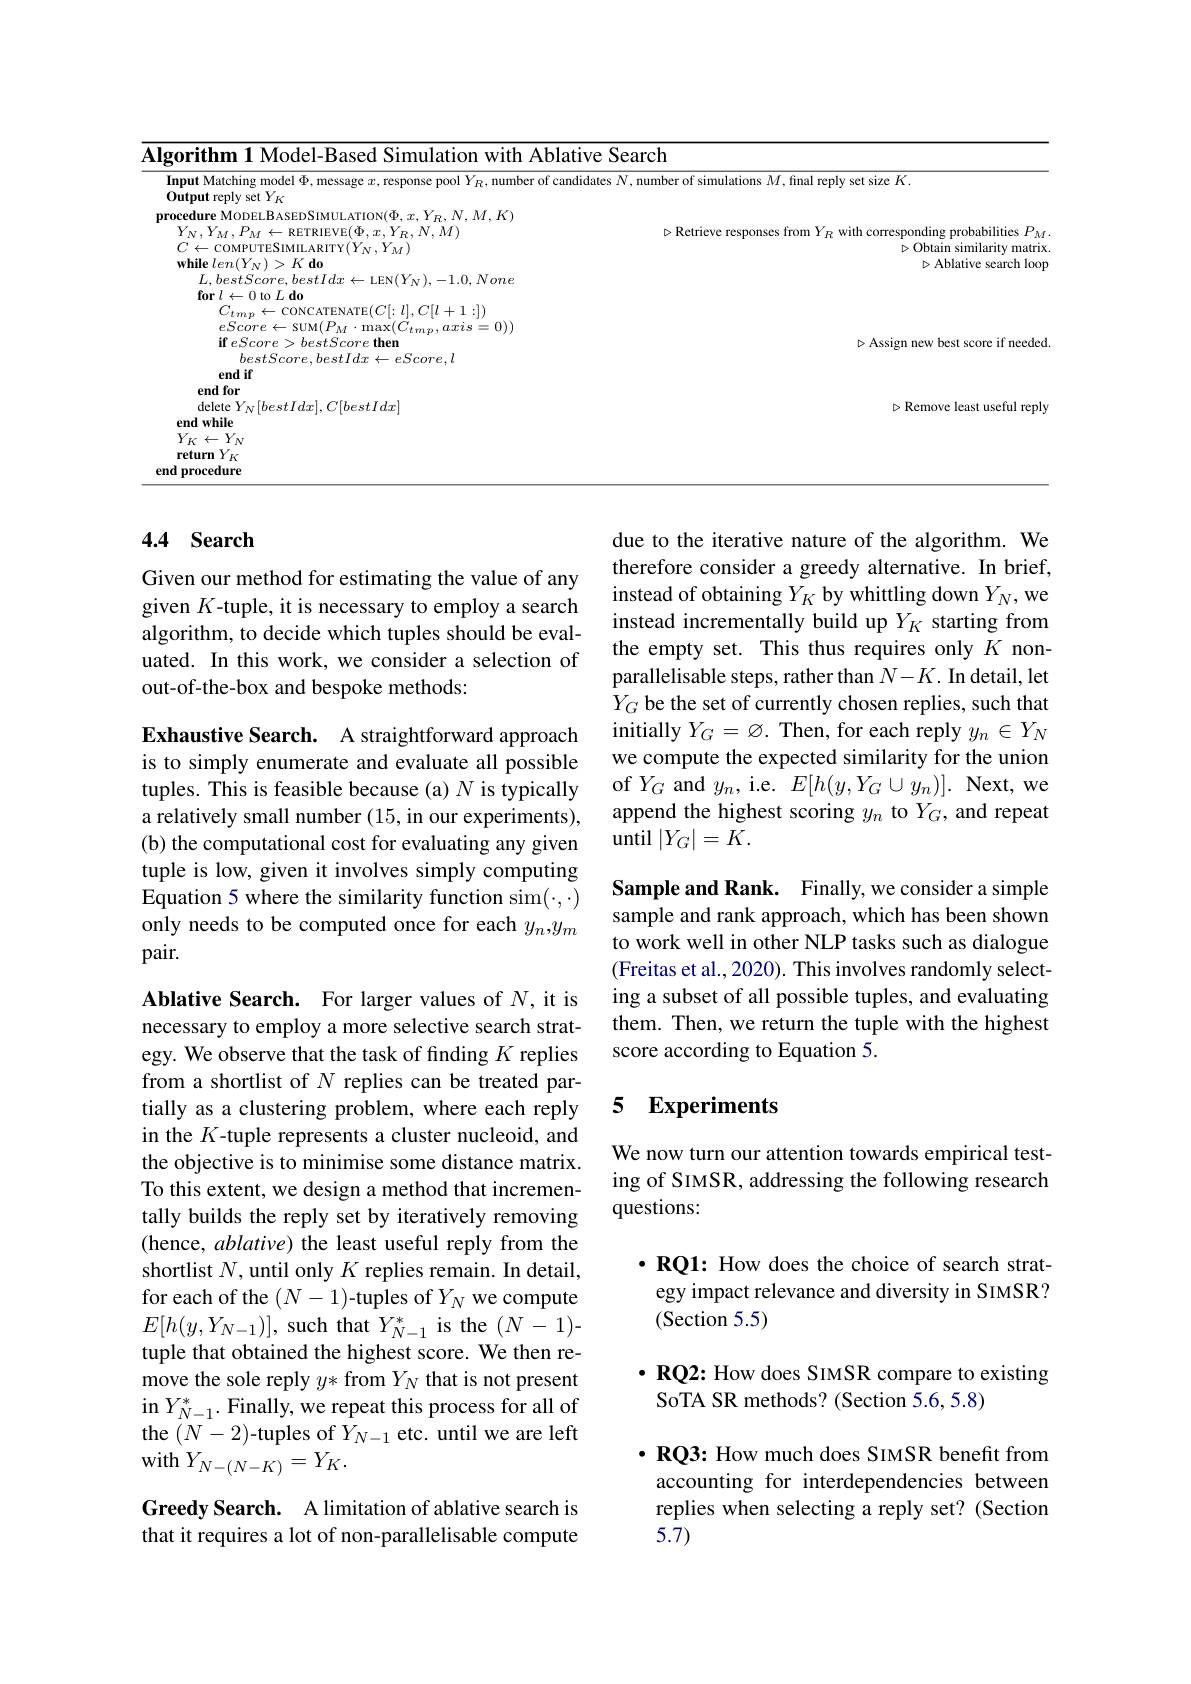
<table>
	<tbody>
		<tr>
			<td>Ahlati $(X/1117)$</td>
			<td>arch</td>
		</tr>
		<tr>
			<td>Input Matching model $\Phi$, message $x$, response pool $Y_R$,number of candid Output reply set $Y_{K}$ $N.M.K$ MODEI.BAS</td>
			<td>number of simulations $M$, final reply set size $K.$</td>
		</tr>
		<tr>
			<td>end if $bestScore,bestIdx\leftarrow eScore,l$ end for</td>
			<td> </td>
		</tr>
		<tr>
			<td>delete $Y_N[bestIdx],C[bestIdx]$ end while $Y_{K}\leftarrow Y_{N}$ return YK end procedure</td>
			<td>$\triangleright{\mathrm{Remove~least~useful~reply}}$</td>
		</tr>
		<tr>
			<td>end procedure</td>
			<td> </td>
		</tr>
	</tbody>
</table>

### 4.4 Search

Given our method for estimating the value of any given $K$-tuple, it is necessary to employ a search algorithm, to decide which tuples should be evaluated. In this work, we consider a selection of out-of-the-box and bespoke methods:

due to the iterative nature of the algorithm. We therefore consider a greedy alternative. In brief, instead of obtaining $Y_K$ by whittling down $Y_N$, we instead incrementally build up $Y_K$ starting from the empty set. This thus requires only $K$ nonparallelisable steps, rather than $N-K.$ In detail, let $Y_G$ be the set of currently chosen replies, such that initially $Y_G=\varnothing.$ Then, for each reply $y_n\in Y_N$ we compute the expected similarity for the union of $Y_{G}$ and $y_{n}$, i.e. $E[h(y,Y_{G}\cup y_{n})].$ Next, we append the highest scoring $y_n$ to $Y_G$, and repeat until $|Y_G|=K.$

Exhaustive Search. A straightforward approach is to simply enumerate and evaluate all possible tuples. This is feasible because (a) $N$ is typically a relatively small number (15, in our experiments), (b) the computational cost for evaluating any given tuple is low, given it involves simply computing Equation 5 where the similarity function sim($\cdot,\cdot)$ only needs to be computed once for each $y_n,y_m$ pair.

Sample and Rank. Finally, we consider a simple sample and rank approach, which has been shown to work well in other NLP tasks such as dialogue (Freitas et al., 2020). This involves randomly selecting a subset of all possible tuples, and evaluating them. Then, we return the tuple with the highest score according to Equation 5.

### 5 Experiments

We now turn our attention towards empirical testing of SIMSR, addressing the following research questions:

Ablative Search. For larger values of $N$, it is necessary to employ a more selective search strategy. We observe that the task of finding $K$ replies from a shortlist of $N$ replies can be treated partially as a clustering problem, where each reply in the $K$-tuple represents a cluster nucleoid, and the objective is to minimise some distance matrix. To this extent, we design a method that incrementally builds the reply set by iteratively removing (hence, ablative) the least useful reply from the shortlist $N$, until only $K$ replies remain. In detail, for each of the $(N-1)$-tuples of $Y_N$ we compute $E[h(y,Y_{N-1})]$, such that $Y_N-1^*$ is the $(N-1)$- tuple that obtained the highest score. We then remove the sole reply $y*$ from $Y_N$ that is not present in $Y_{N-1}^{*}.$ Finally, we repeat this process for all of the $(N-2)$-tuples of $Y_N-1$ etc. until we are left with $Y_{N-(N-K)}=Y_K.$

$\cdot \textbf{RQ1: How does the choice of search strat- }$ egy impact relevance and diversity in SIMSR? (Section 5.5)

$\cdot$ RQ2: How does SIMSR compare to existing
SoTA SR methods? (Section 5.6, 5.8)

$\cdot\mathbf{RQ3:~How~much~does~SIMSR~benefit~from}$ accounting for interdependencies between replies when selecting a reply set? (Section $5.\bar{7})$

Greedy Search. A limitation of ablative search is that it requires a lot of non-parallelisable compute